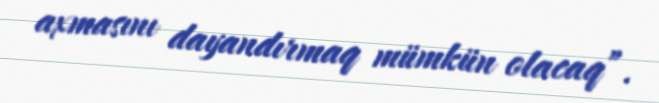
axmasını dayandırmaq mümkün olacaq”.